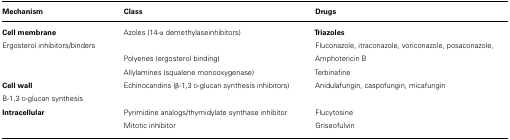
<table><thead><tr><td><b>Mechanism</b></td><td><b>Class</b></td><td><b>Drugs</b></td></tr></thead><tbody><tr><td><b>Cell membrane</b></td><td>Azoles (14-α demethylaseinhibitors)</td><td><b>Triazoles</b></td></tr><tr><td>Ergosterol inhibitors/binders</td><td>[EMPTY_CELL]</td><td>Fluconazole, itraconazole, voriconazole, posaconazole,</td></tr><tr><td>[EMPTY_CELL]</td><td>Polyenes (ergosterol binding)</td><td>Amphotericin B</td></tr><tr><td>[EMPTY_CELL]</td><td>Allylamines (squalene monooxygenase)</td><td>Terbinafine</td></tr><tr><td><b>Cell wall</b></td><td>Echinocandins (β-1,3 D-glucan synthesis inhibitors)</td><td>Anidulafungin, caspofungin, micafungin</td></tr><tr><td>B-1,3 D-glucan synthesis</td><td>[EMPTY_CELL]</td><td>[EMPTY_CELL]</td></tr><tr><td><b>Intracellular</b></td><td>Pyrimidine analogs/thymidylate synthase inhibitor</td><td>Flucytosine</td></tr><tr><td>[EMPTY_CELL]</td><td>Mitotic inhibitor</td><td>Griseofulvin</td></tr></tbody></table>